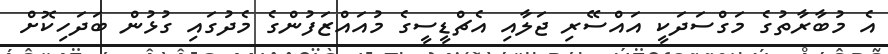
އެ މުބާރާތުގެ މަގްސަދަކީ އައްސޭރި ޖަލާއި އެޗްޑީސީގެ މުއައްޒަފުންގެ މެދުގައި ގުޅުން ބަދަހިކޮށް